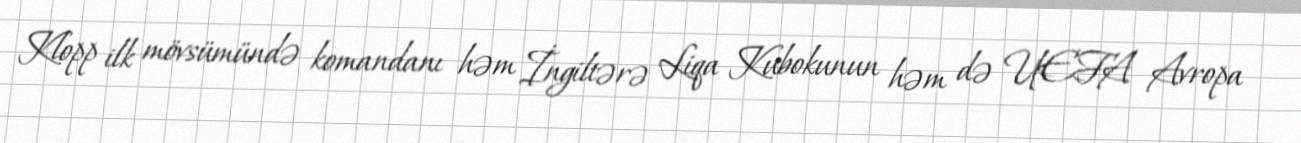
Klopp ilk mövsümündə komandanı həm İngiltərə Liqa Kubokunun həm də UEFA Avropa